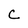
Character: C